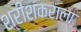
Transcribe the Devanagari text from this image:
श्रीशंकराला